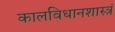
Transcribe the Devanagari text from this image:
कालविधानशास्त्रं